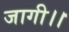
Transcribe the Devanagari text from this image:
जागी।।